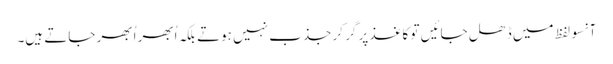
آنسو لفظ میں ڈھل جائیں تو کاغذ پر گر کر جذب نہیں ہوتے بلکہ اُبھر اُبھر جاتے ہیں۔